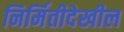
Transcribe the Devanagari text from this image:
निर्मितीदेखील